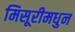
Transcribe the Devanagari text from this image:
मिसूरीमधुन